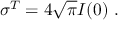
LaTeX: \sigma ^ { T } = 4 \sqrt { \pi } { \cal I } ( 0 ) ~ .